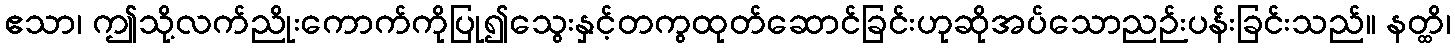
ဧသာ၊ ဤသို့လက်ညိုးကောက်ကိုပြု၍သွေးနှင့်တကွထုတ်ဆောင်ခြင်းဟုဆိုအပ်သောညဉ်းပန်းခြင်းသည်။ နတ္ထိ၊